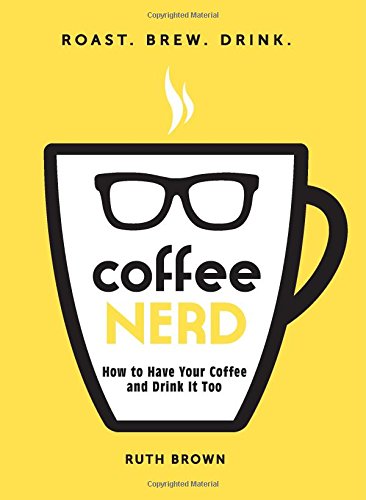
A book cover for Coffee Nerd: How to Have Your Coffee and Drink It Too; Ruth Brown; Cookbooks, Food & Wine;